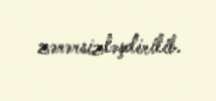
zərərsizləşdirilib.